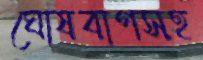
ঘোষবাগসহ